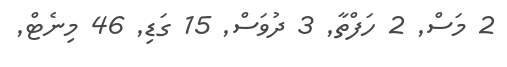
2 މަސް